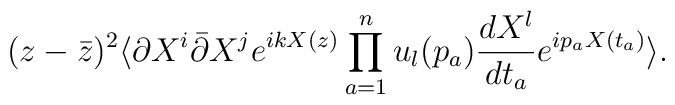
(z-\bar{z})^2 \langle\partial X^i \bar{\partial} X^j e^{ikX(z)}\prod_{a=1}^n u_l (p_a) \frac{dX^l}{dt_a} e^{i p_a X(t_a)}\rangle.